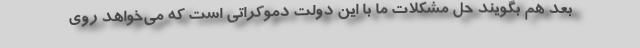
بعد هم بگویند حل مشکلات ما با این دولت دموکراتی است که می‌خواهد روی